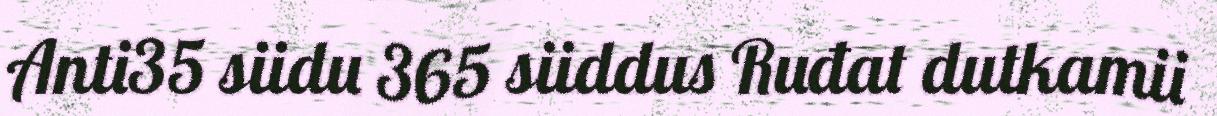
Anti35 siidu 365 siiddus Ruđat dutkamii